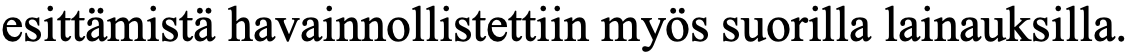
esittämistä havainnollistettiin myös suorilla lainauksilla.